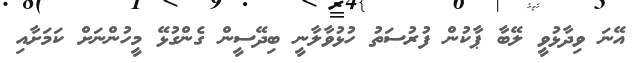
އޭނަ ވިދާޅުވީ ލޭބާ ޕާކުން ފުރުސަތު ހުޅުވާލާނީ ބިދޭސީން ގެންގުޅޭ މީހުންނަށް ކަމަށާއި